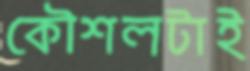
কৌশলটাই